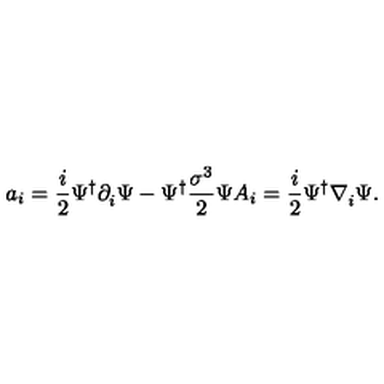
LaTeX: a _ { i } = \frac { i } { 2 } \Psi ^ { \dagger } \partial _ { i } ^ { \raisebox { 1 . 2 m m } { \leftrightarrow } } \Psi - \Psi ^ { \dagger } \frac { \sigma ^ { 3 } } { 2 } \Psi A _ { i } = \frac { i } { 2 } \Psi ^ { \dagger } \nabla _ { i } ^ { \raisebox { 1 . 2 m m } { \leftrightarrow } } \Psi .